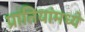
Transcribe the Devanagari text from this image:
प्रांतियांमध्ये